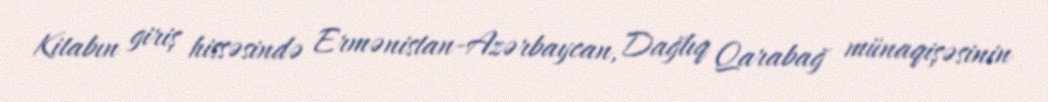
Kitabın giriş hissəsində Ermənistan-Azərbaycan, Dağlıq Qarabağ münaqişəsinin